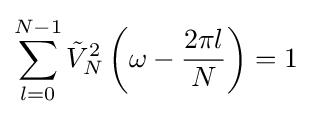
\sum _{l=0}^{N-1}{\tilde {V}}_{N}^{2}\left(\omega -{\frac {2\pi l}{N}}\right)=1